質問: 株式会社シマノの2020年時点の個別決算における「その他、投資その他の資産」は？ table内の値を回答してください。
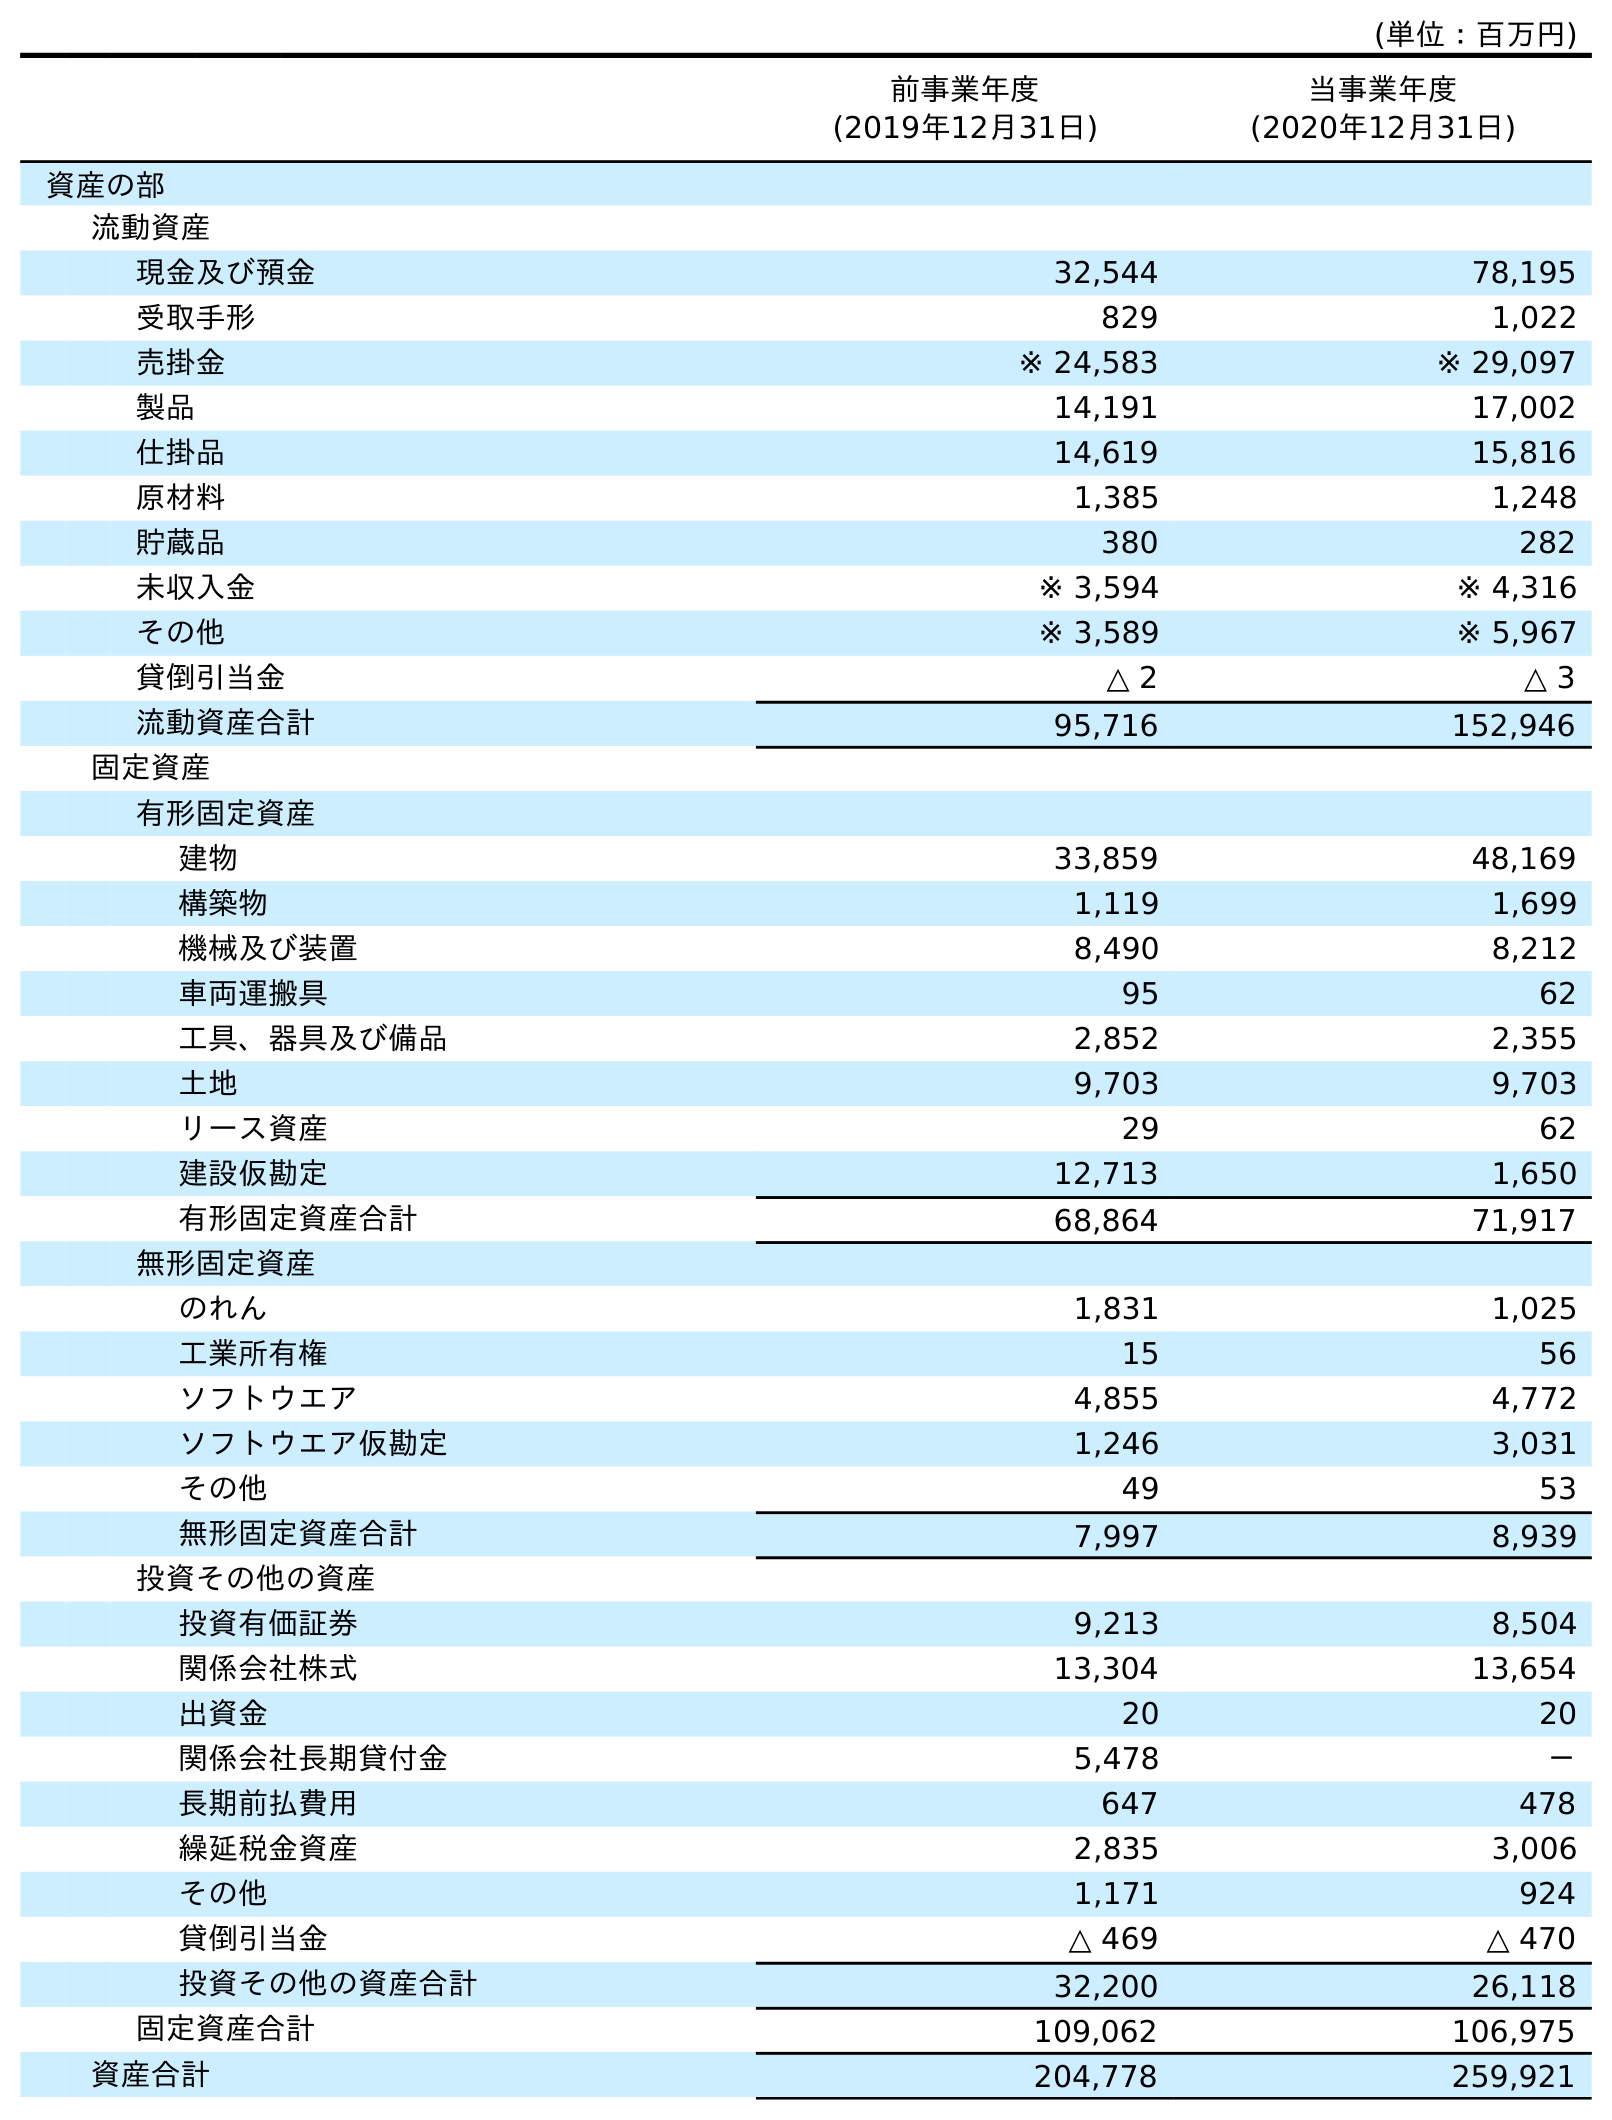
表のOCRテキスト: (単位：百万円) 前事業年度 (2019年12月31日) 当事業年度 (2020年12月31日) 資産の部 流動資産 現金及び預金 32,544 78,195 受取手形 829 1,022 売掛金 ※ 24,583 ※ 29,097 製品 14,191 17,002 仕掛品 14,619 15,816 原材料 1,385 1,248 貯蔵品 380 282 未収入金 ※ 3,594 ※ 4,316 その他 ※ 3,589 ※ 5,967 貸倒引当金 △ 2 △ 3 流動資産合計 95,716 152,946 固定資産 有形固定資産 建物 33,859 48,169 構築物 1,119 1,699 機械及び装置 8,490 8,212 車両運搬具 95 62 工具、器具及び備品 2,852 2,355 土地 9,703 9,703 リース資産 29 62 建設仮勘定 12,713 1,650 有形固定資産合計 68,864 71,917 無形固定資産 のれん 1,831 1,025 工業所有権 15 56 ソフトウエア 4,855 4,772 ソフトウエア仮勘定 1,246 3,031 その他 49 53 無形固定資産合計 7,997 8,939 投資その他の資産 投資有価証券 9,213 8,504 関係会社株式 13,304 13,654 出資金 20 20 関係会社長期貸付金 5,478 － 長期前払費用 647 478 繰延税金資産 2,835 3,006 その他 1,171 924 貸倒引当金 △ 469 △ 470 投資その他の資産合計 32,200 26,118 固定資産合計 109,062 106,975 資産合計 204,778 259,921
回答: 924